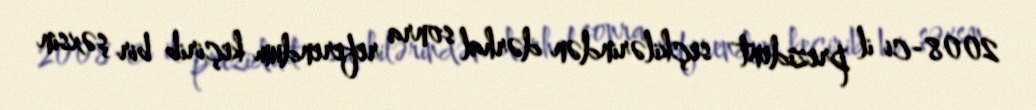
2008-ci il prezident seçkilərindən dərhal sonra referendum keçirib bir şəxsin